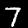
Digit: 7